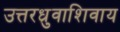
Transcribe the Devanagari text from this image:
उत्तरध्रुवाशिवाय